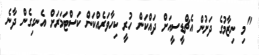
"މި ނިޒާމުގެ ދަށުން އެޗްޑީސީއަށް ދައްކަން ހުރީ ކިހާވަރެއްކަން ކަސްޓަމަރަށް އެނގިގެން ދާނެ